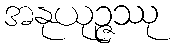
အနုယုဉ္ဇဿု